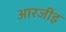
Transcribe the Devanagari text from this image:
आरजीइ